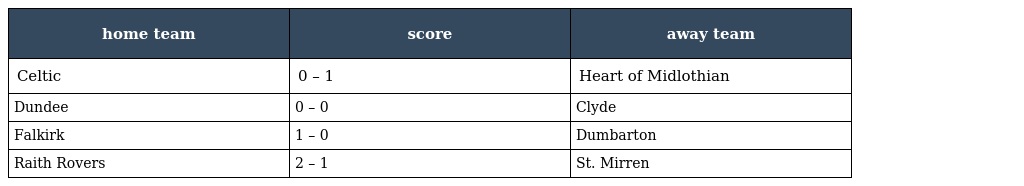
| home team | score | away team |
 | --- | --- | --- |
 | Celtic | 0 – 1 | Heart of Midlothian |
 | Dundee | 0 – 0 | Clyde |
 | Falkirk | 1 – 0 | Dumbarton |
 | Raith Rovers | 2 – 1 | St. Mirren |